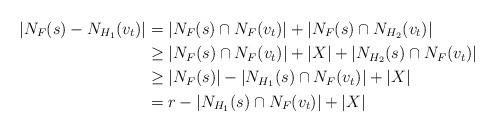
LaTeX: \begin{align*}|N_{F}(s)-N_{H_{1}}(v_{t})|&=|N_{F}(s)\cap N_{F}(v_{t})|+|N_{F}(s)\cap N_{H_{2}}(v_{t})| \\&\geq |N_{F}(s)\cap N_{F}(v_{t})|+|X|+|N_{H_{2}}(s)\cap N_{F}(v_{t})|\\&\geq |N_{F}(s)|-|N_{H_{1}}(s)\cap N_{F}(v_{t})|+|X| \\&=r-|N_{H_{1}}(s)\cap N_{F}(v_{t})|+|X|\end{align*}